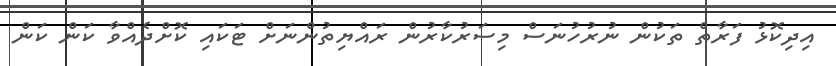
އިދިކޮޅު ފަރާތް ތަކުން ނުރުހުނަސް މިސަރުކާރުން ރައްޔިތުންނަށް ޓަކައި ކޮށްދެއްވާ ކަން ކަން